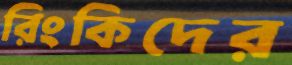
রিংকিদের